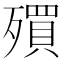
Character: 𣩥